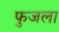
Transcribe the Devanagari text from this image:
फुजला